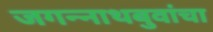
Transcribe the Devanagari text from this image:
जगन्नाथबुवांचा